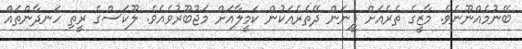
ބޭނުމެއްނޫނެވެ. މާޒީގެ ތެރެއަށް ފީނަން ދޭތެރެއަކުން ކަމީލާއަށް މަޖުބޫރުވެއެވެ. ލޫކަސްގެ ރީތި ހަނދާންތައް